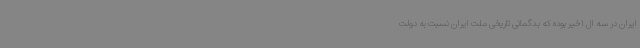
ایران در سه ال اخیر بوده که بدگمانی‌ تاریخی ملت ایران نسبت به دولت